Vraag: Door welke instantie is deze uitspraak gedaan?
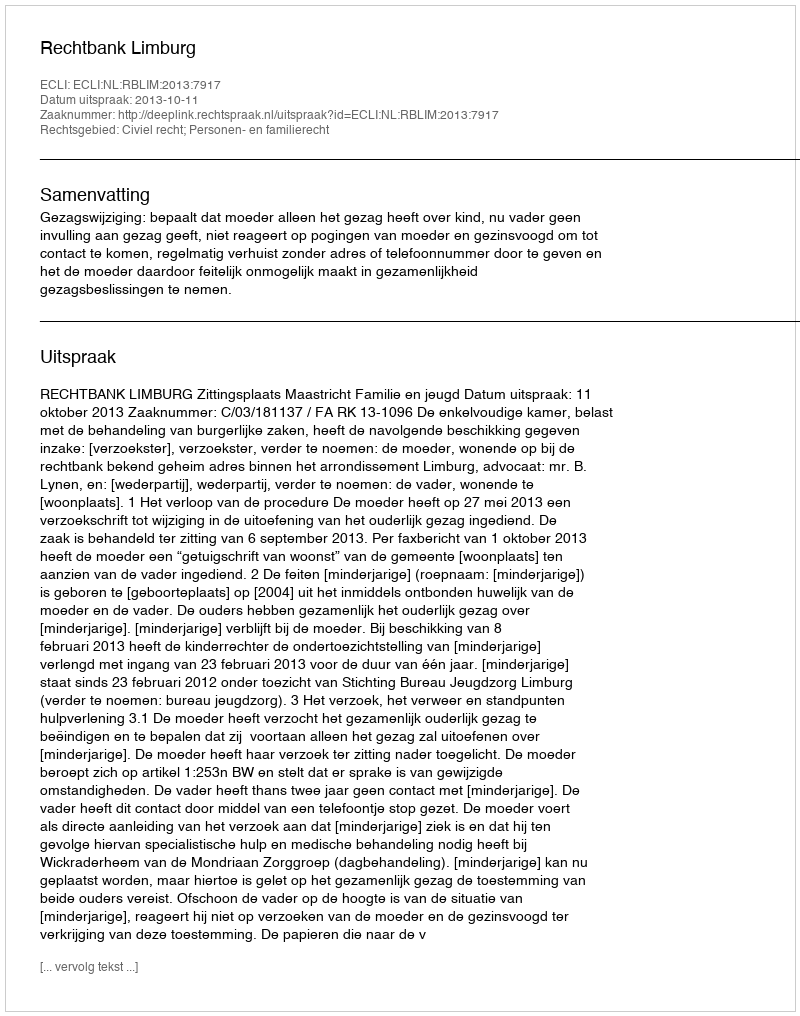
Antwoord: Rechtbank Limburg